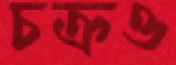
চক্রও